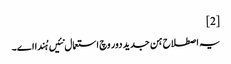
[2]
یہ اصطلاح ہن جدید دور وچ استعمال نئیں ہُندا ا‏‏ے۔